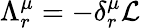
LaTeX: \Lambda_{r}^{\mu}=-\delta_{r}^{\mu}{\mathcal{L}}